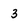
Character: 3